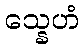
သ္နေဟံ